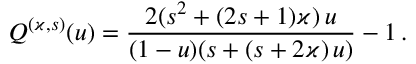
Q ^ { ( \varkappa , s ) } ( u ) = \frac { 2 ( s ^ { 2 } + ( 2 s + 1 ) \varkappa ) \, u } { ( 1 - u ) ( s + ( s + 2 \varkappa ) \, u ) } - 1 \, .